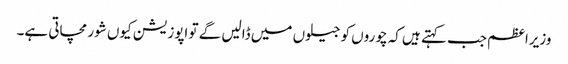
وزیراعظم جب کہتے ہیں کہ چوروں کو جیلوں میں ڈالیں گے تو اپوزیشن کیوں شور مچاتی ہے۔